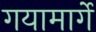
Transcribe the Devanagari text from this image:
गयामार्गे